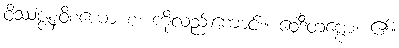
ဝိဿဇ္ဇနဝိစယော စ၊ ကိုလည်းကောင်း။ ဝေဒိတဗ္ဗော၊ ၏။